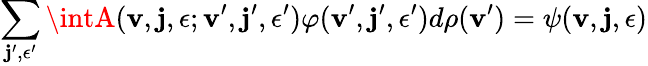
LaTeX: \sum_{\mathbf{j}^{\prime},\epsilon^{\prime}}\intA({\mathbf{v}},\mathbf{j},\epsilon;{\mathbf{v}}^{\prime},\mathbf{j}^{\prime},\epsilon^{\prime})\varphi({\mathbf{v}}^{\prime},\mathbf{j}^{\prime},\epsilon^{\prime})d\rho({\mathbf{v}}^{\prime})=\psi({\mathbf{v}},\mathbf{j},\epsilon)